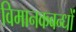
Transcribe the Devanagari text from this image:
विमानकबन्धों